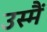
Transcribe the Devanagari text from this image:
उस्मैं